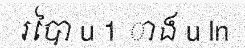
របៃា u 1 ាង u ln